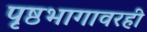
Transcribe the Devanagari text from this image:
पृष्ठभागावरही